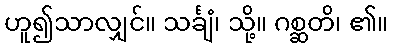
ဟူ၍သာလျှင်။ သင်္ချံ၊ သို့။ ဂစ္ဆတိ၊ ၏။